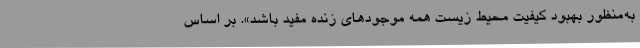
به‌منظور بهبود کیفیت محیط زیست همه موجودهای زنده مفید باشد». بر اساس